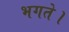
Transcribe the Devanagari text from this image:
भगते।